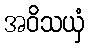
အဝိသယှံ